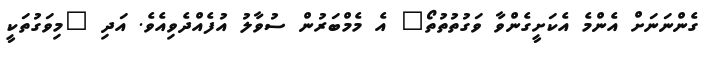
ގެންނަނަށް އެންމެ އެކަށީގެންވާ ވަގުތުތުތޯ" އެ މެމްބަރުން ސުވާލު އުފެއްދެވިއެވެ. އަދި "މިވަގުތަކީ